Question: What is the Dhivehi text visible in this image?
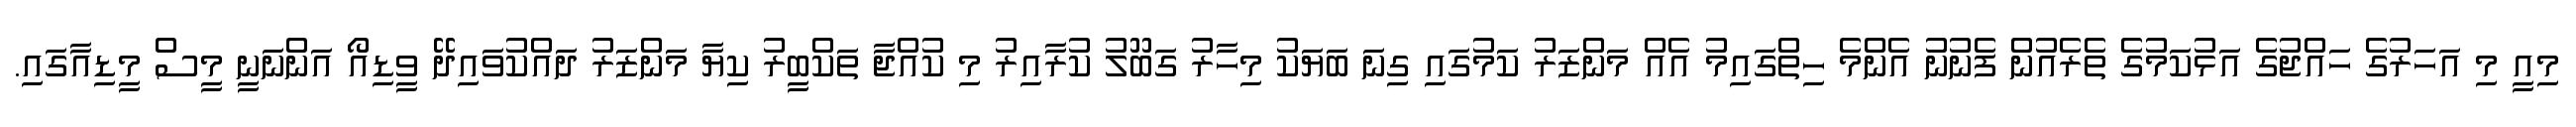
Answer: މިއީ މި އަހަރުގެ ހައްޖުގެ އަޅުކަމުގެ ތެރެއުން ފެނުނު އެންމެ ހިތްގައިމު އެއް މަންޒަރު ކަމުގައި ގިނަ ބަޔަކު މިހާރު ގަބޫލު ކުރާއިރު މި ކުއްޖާ ތަކްބީރު ކިޔާ މަންޒަރު ދައްކުވައިދޭ ވީޑިއޯ އަންނަނީ މީސް މީޑިއާގައި.